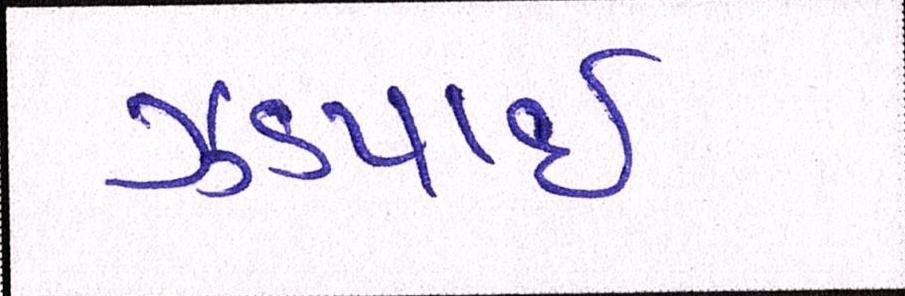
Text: ઝડપાઈ